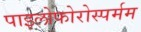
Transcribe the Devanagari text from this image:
पाइलोफोरोस्पर्मम